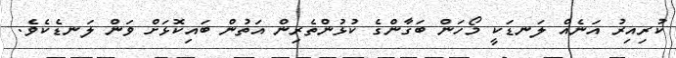
ކުރިއިރު އަނެއް ލަނޑަކީ މޯހަން ބަގާންގެ ކުޅުންތެރިން އަތުން ބައިކޮޅަށް ވަން ލަނޑެކެވެ.